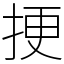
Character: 挭